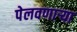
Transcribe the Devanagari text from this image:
पेलवणार्‍या